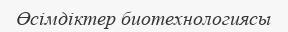
Өсімдіктер биотехнологиясы